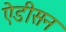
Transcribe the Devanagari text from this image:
ऐडीसन